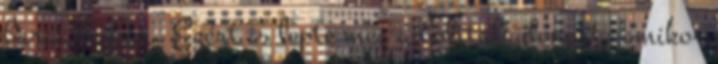
barát bajban. Ezért is lepte meg a bolttulajdonost, amikor